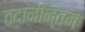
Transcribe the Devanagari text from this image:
तदानीन्तन